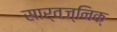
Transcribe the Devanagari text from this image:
सार्वज्निक्